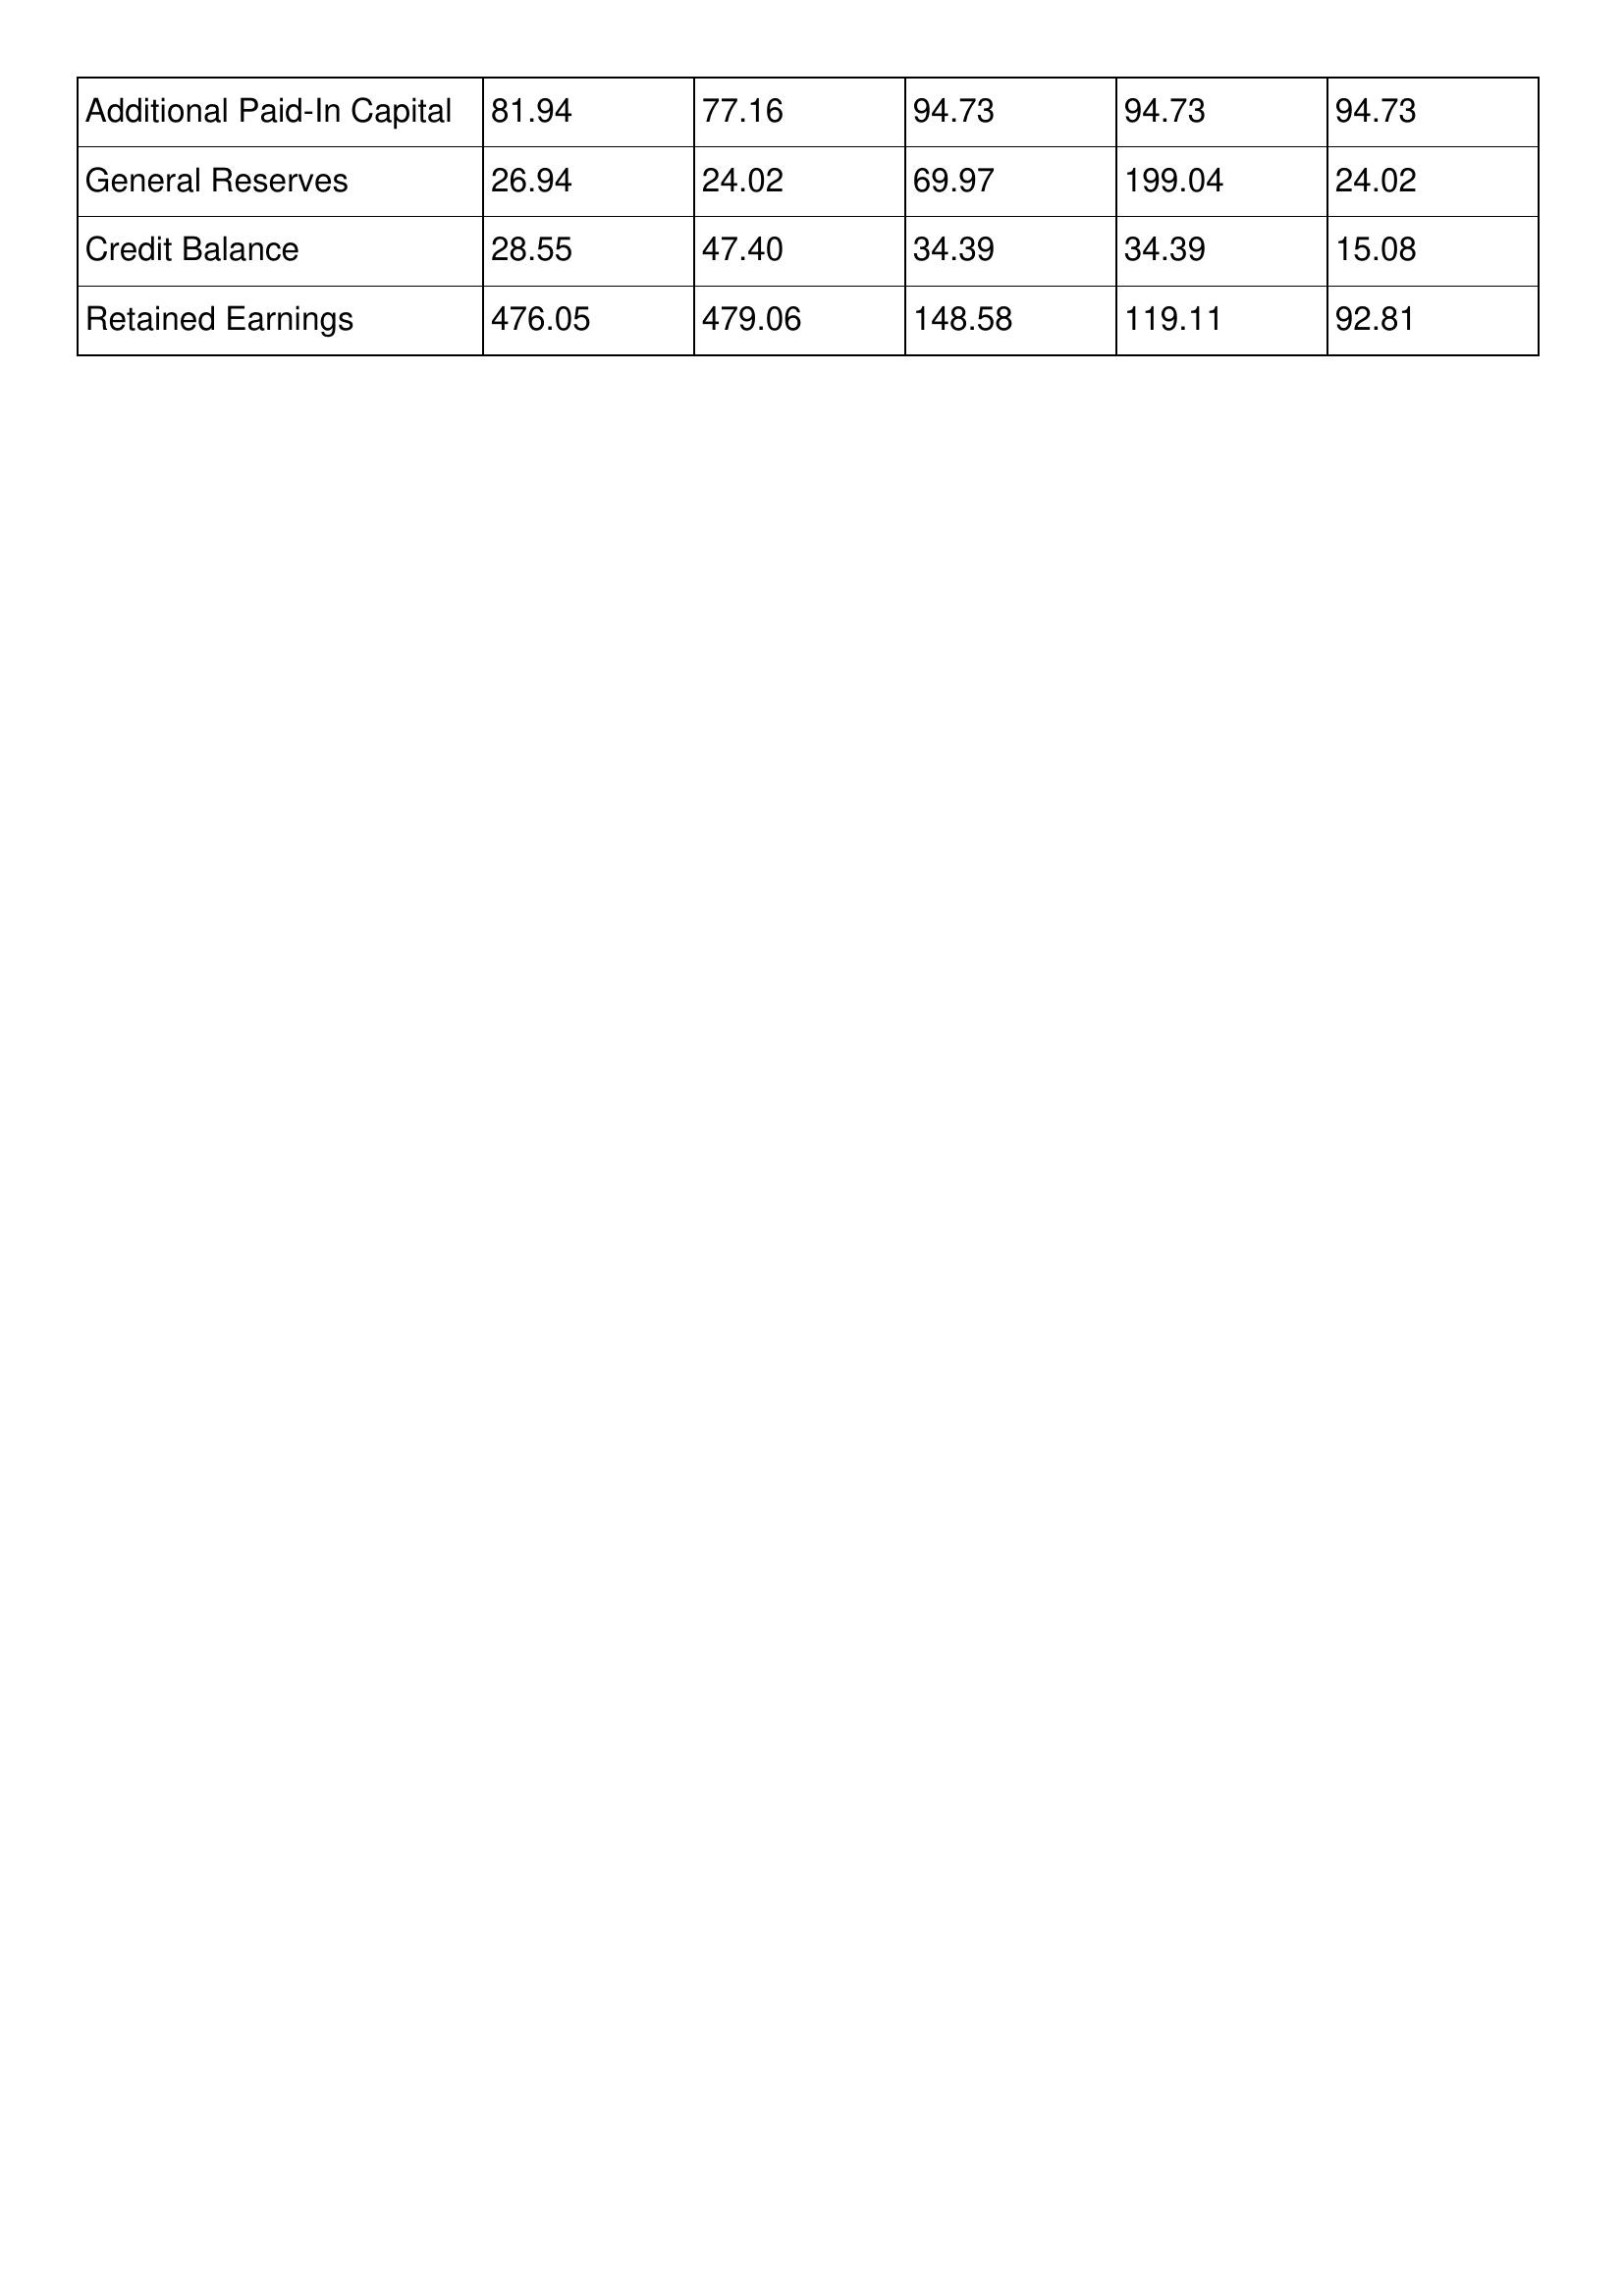
gt_parse: 2012: Additional Paid-In Capital: 81.94
General Reserves: 26.94
Credit Balance: 28.55
Retained Earnings: 476.05
2011: Additional Paid-In Capital: 77.16
General Reserves: 24.02
Credit Balance: 47.40
Retained Earnings: 479.06
2010: Additional Paid-In Capital: 94.73
General Reserves: 69.97
Credit Balance: 34.39
Retained Earnings: 148.58
2009: Additional Paid-In Capital: 94.73
General Reserves: 199.04
Credit Balance: 34.39
Retained Earnings: 119.11
2008: Additional Paid-In Capital: 94.73
General Reserves: 24.02
Credit Balance: 15.08
Retained Earnings: 92.81